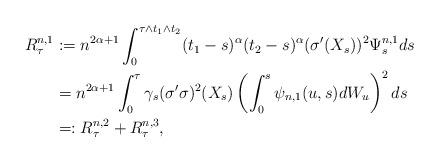
LaTeX: \begin{align*} R^{n,1}_\tau &:= n^{2\alpha+1} \int_0^{\tau \wedge t_1 \wedge t_2 } (t_1-s)^{\alpha} (t_2-s)^{\alpha} (\sigma'(X_s))^2 \Psi^{n,1}_s ds\\ &= n^{2\alpha+1} \int_0^\tau \gamma_s (\sigma'\sigma)^2(X_s) \left( \int_0^s \psi_{n,1}(u,s) dW_u \right)^2 ds \\ & =: R^{n,2}_\tau + R^{n,3}_\tau, \end{align*}